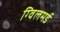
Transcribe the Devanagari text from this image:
ग्विलमर्ड